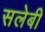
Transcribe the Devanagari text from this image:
सलेबी